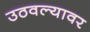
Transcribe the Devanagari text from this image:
उठवल्यावर